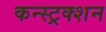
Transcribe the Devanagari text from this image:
कन्स्ट्रक्‍शन